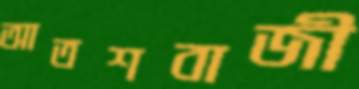
আতশবাজী